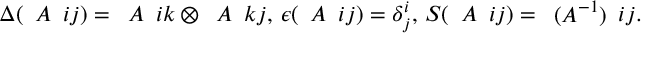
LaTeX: \Delta ( \begin{array} { l } { { A } } \end{array} { i } { j } ) = \begin{array} { l } { { A } } \end{array} { i } { k } \otimes \begin{array} { l } { { A } } \end{array} { k } { j } , \, \epsilon ( \begin{array} { l } { { A } } \end{array} { i } { j } ) = \delta _ { j } ^ { i } , \, S ( \begin{array} { l } { { A } } \end{array} { i } { j } ) = \begin{array} { l } { { ( A ^ { - 1 } ) } } \end{array} { i } { j } .